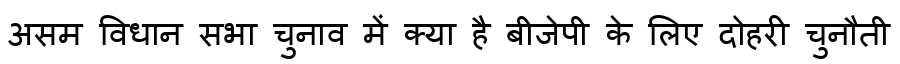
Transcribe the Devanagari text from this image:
असम विधान सभा चुनाव में क्या है बीजेपी के लिए दोहरी चुनौती